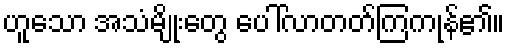
ဟူသော အသံမျိုးတွေ ပေါ်လာတတ်ကြကုန်၏။